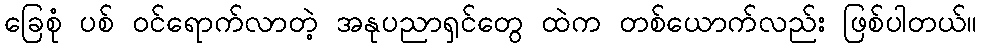
ခြေစုံ ပစ် ဝင်ရောက်လာတဲ့ အနုပညာရှင်တွေ ထဲက တစ်ယောက်လည်း ဖြစ်ပါတယ်။